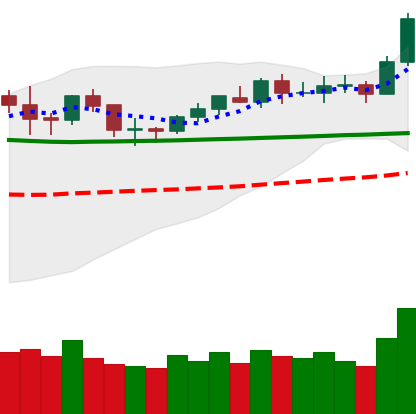
Ticker: BNB-USD
Chart end date: 2020-02-06
Forward return: 24.482%
Label: up_7plus